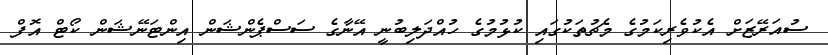
ސުއަރޭޒަށް އެކުވެރިކަމުގެ މެޗުތަކުގައި ކުޅުމުގެ ހުއްދަލިބުނީ އޭނާގެ ސަސްޕެންޝަން އިންޓަނޭޝަން ކޯޓް އޮފް